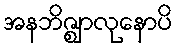
အနဘိဇ္ဈာလုနောပိ